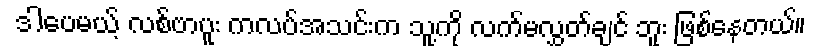
ဒါပေမယ့် လစ်ဗာပူး ကလပ်အသင်းက သူ့ကို လက်မလွှတ်ချင် ဘူး ဖြစ်နေတယ်။